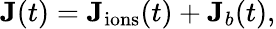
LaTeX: \begin{array}{r}{\mathbf{J}(t)=\mathbf{J}_{\mathrm{ions}}(t)+\mathbf{J}_{b}(t),}\end{array}